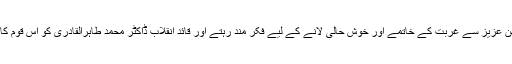
صفدر حسین شہید ہمہ وقت وطن عزیز سے غربت کے خاتمے اور خوش حالی لانے کے لیے فکر مند رہتے اور قائد انقلاب ڈاکٹر محمد طاہرالقادری کو اس قوم کا حقیقی قائد تصور کرتے تھے۔